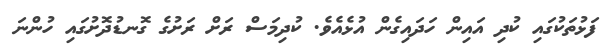
ފަޅުތަކުގައި ކުދި އައިން ހަދައިގެން އުޅެއެވެ. ކުދިމަސް ރަށް ރަށުގެ ގޮނޑުދޮށުގައި ހުންނަ